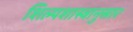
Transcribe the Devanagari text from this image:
शिल्पशास्त्रानुसार